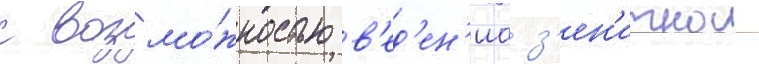
с возмо́жностью в'ед'ен'иа з'ен'итнои